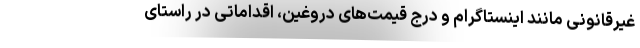
غیرقانونی مانند اینستاگرام و درج قیمت‌های دروغین، اقداماتی در راستای